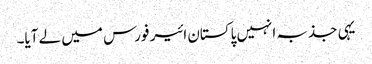
یہی جذبہ انہیں پاکستان ائیر فورس میں لے آیا۔